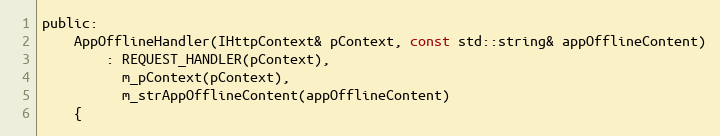
Language: C
public:
    AppOfflineHandler(IHttpContext& pContext, const std::string& appOfflineContent)
        : REQUEST_HANDLER(pContext),
          m_pContext(pContext),
          m_strAppOfflineContent(appOfflineContent)
    {